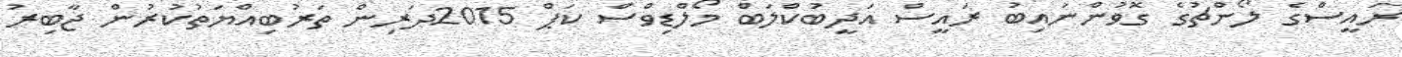
ރައީސްގެ ލޯންޗުގެ ގޮވުންނައިބު ރައީސް އަދީބުކްލަބް މޯލްޑިވްސް ކަޕް 2015ދަރިން ތަރުބިއްޔަތުކުރުން ޖާބިރު